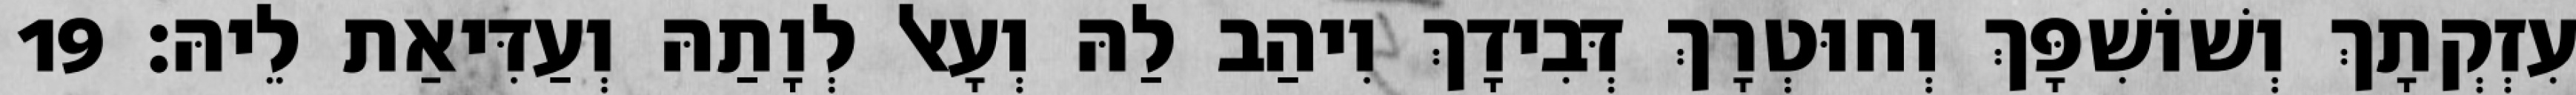
עִזְקְתָךְ וְשׁוֹשִׁפָּךְ וְחוּטְרָךְ דְּבִידָךְ וִיהַב לַהּ וְעָאל לְוָתַהּ וְעַדִּיאַת לֵיהּ׃ 19